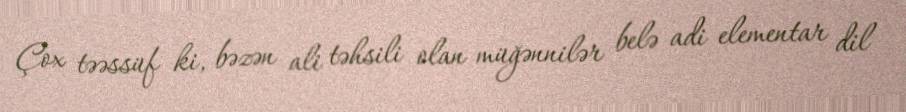
Çox təəssüf ki, bəzən ali təhsili olan müğənnilər belə adi elementar dil